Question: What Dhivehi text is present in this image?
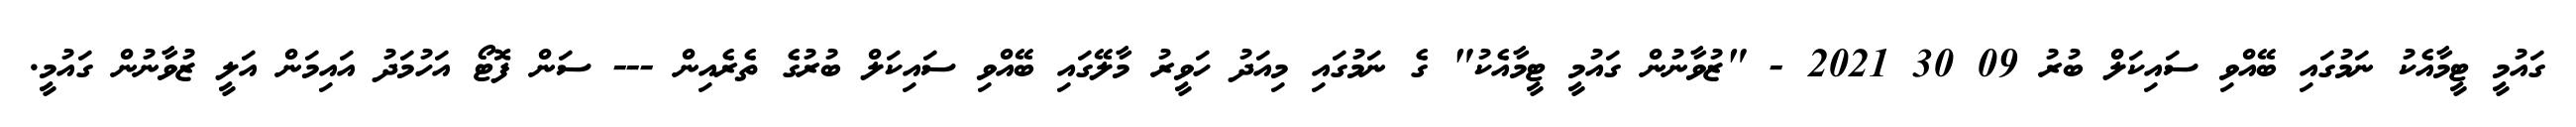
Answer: ގައުމީ ޓީމާއެކު ނަމުގައި ބޭއްވި ސައިކަލް ބުރު 09 30 2021 - "ޒުވާނުން ގައުމީ ޓީމާއެކު" ގެ ނަމުގައި މިއަދު ހަވީރު މާލޭގައި ބޭއްވި ސައިކަލް ބުރުގެ ތެރެއިން --- ސަން ފޮޓޯ އަހުމަދު އައިމަން އަލީ ޒުވާނުން ގައުމީ.